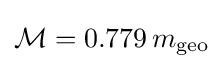
{\mathcal {M}}=0.779\,m_{\rm {geo}}